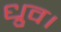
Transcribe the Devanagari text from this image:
ध्रुव।